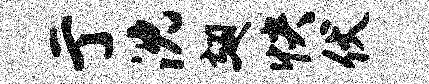
亍沈翅快伏